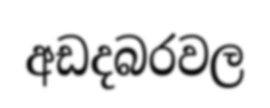
අඩදබරවල